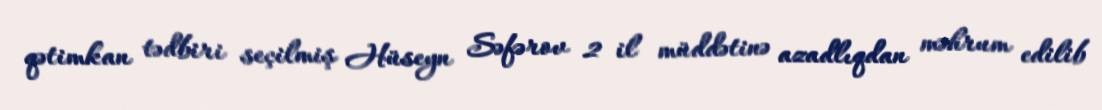
qətimkan tədbiri seçilmiş Hüseyn Səfərov 2 il müddətinə azadlıqdan məhrum edilib